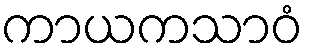
ကာယကသာဝံ